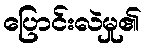
ပြောင်းလဲမှု၏